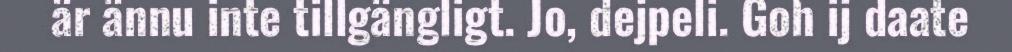
är ännu inte tillgängligt. Jo, dejpeli. Goh ij daate